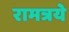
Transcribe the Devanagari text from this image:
रामत्रये